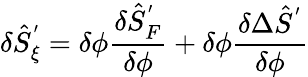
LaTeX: \delta{\hat{S}}_{\xi}^{'}=\delta\phi\frac{\delta{\hat{S}}_{F}^{'}}{\delta\phi}+\delta\phi\frac{\delta\Delta{\hat{S}}^{'}}{\delta\phi}